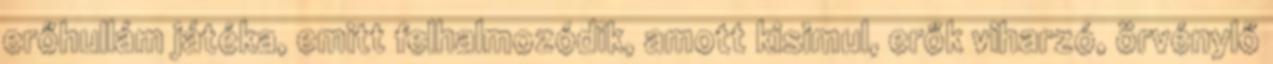
erőhullám játéka, emitt felhalmozódik, amott kisimul, erők viharzó, örvénylő